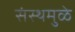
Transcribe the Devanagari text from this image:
संस्थमुळे